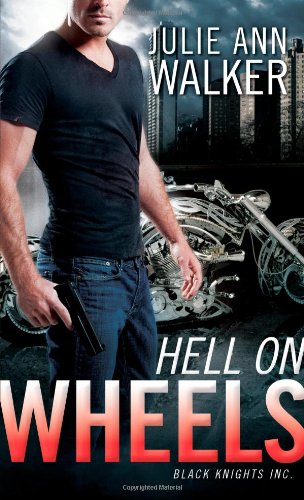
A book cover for Hell on Wheels: Black Knights Inc.; Julie Ann Walker; Romance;